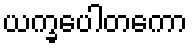
ယက္ခပေါတကော